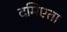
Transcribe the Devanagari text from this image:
दमिएता